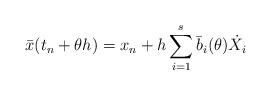
LaTeX: \begin{align*} \bar{x}(t_n+\theta h) = x_n + h \sum_{i=1}^{s} \bar{b}_i(\theta) \dot{X}_i\end{align*}